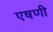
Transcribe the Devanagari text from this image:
एषणी